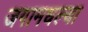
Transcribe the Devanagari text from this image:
जगामधल्या